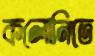
কলোনিতে